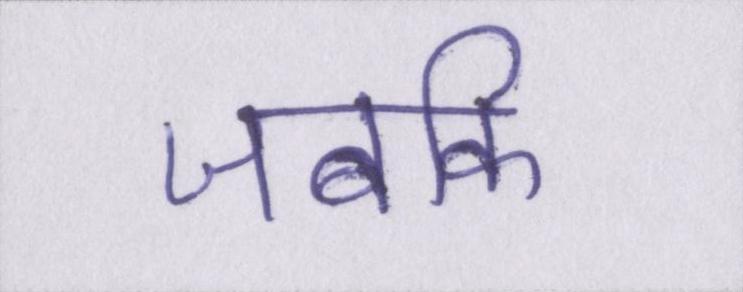
जबकि